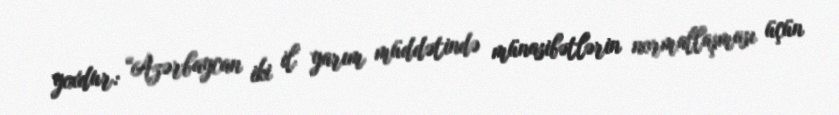
yoxdur: “Azərbaycan iki il yarım müddətində münasibətlərin normallaşması üçün